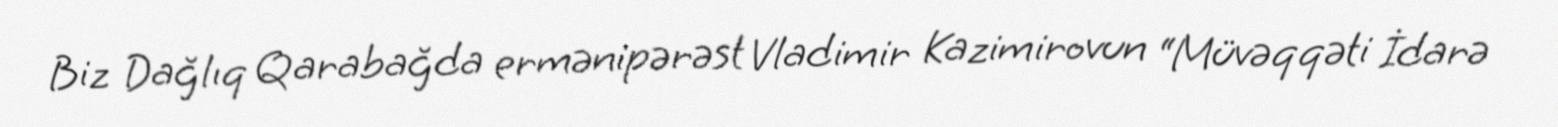
Biz Dağlıq Qarabağda ermənipərəst Vladimir Kazimirovun “Müvəqqəti İdarə